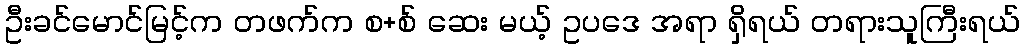
ဦးခင်မောင်မြင့်က တဖက်က စ+စ် ဆေး မယ့် ဥပဒေ အရာ ရှိရယ် တရားသူကြီးရယ်